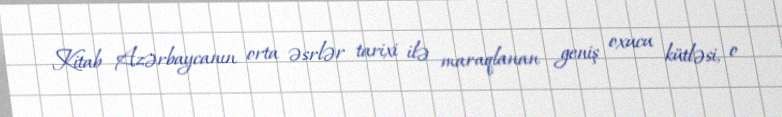
Kitab Azərbaycanın orta əsrlər tarixi ilə maraqlanan geniş oxucu kütləsi, o